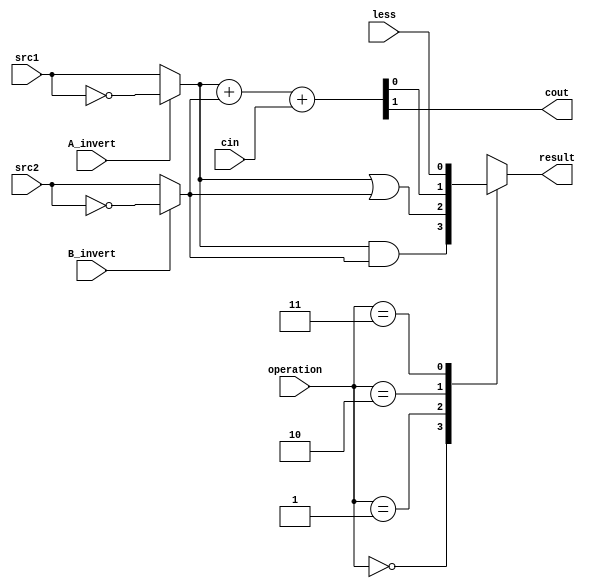
`timescale 1ns/1ps

module alu_top(
               src1,       //1 bit source 1 (input)
               src2,       //1 bit source 2 (input)
               less,       //1 bit less     (input)
               A_invert,   //1 bit A_invert (input)
               B_invert,   //1 bit B_invert (input)
               cin,        //1 bit carry in (input)
               operation,  //operation      (input)
               result,     //1 bit result   (output)
               cout       //1 bit carry out(output)
               );

input         src1;
input         src2;
input         less;
input         A_invert;
input         B_invert;
input         cin;
input [2-1:0] operation;

output reg    result;
output reg    cout;


wire src1_temp, src2_temp;

reg andResult, orResult, addResult;

assign src1_temp =  A_invert ? ~src1 : src1;
assign src2_temp =  B_invert ? ~src2 : src2;
//assign src1_temp = (A_invert & (~src1)) | ((~A_invert) & src1);
//assign src2_temp = (B_invert & (~src2)) | ((~B_invert) & src2);

always@(*)
begin
    andResult = src1_temp & src2_temp;
    orResult = src1_temp | src2_temp;
    {cout, addResult} = src1_temp + src2_temp + cin;

    case (operation)
    2'b00: result = andResult;
    2'b01: result = orResult;
    2'b10: result = addResult;
    2'b11: result = less;
    endcase
end

endmodule